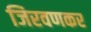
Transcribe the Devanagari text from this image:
जिरवणकर